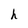
Character: h